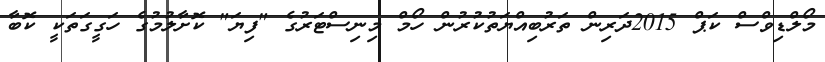
މޯލްޑިވްސް ކަޕް 2015ދަރިން ތަރުބިއްޔަތުކުރުން ހޯމް މިނިސްޓަރުގެ "ފިޔަ" ކޮށާލުމުގެ ހަގީގަތަކީ ކޮބާ